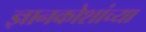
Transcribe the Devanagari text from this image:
ज्ञानकोशांच्या